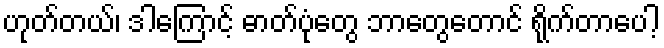
ဟုတ်တယ်၊ ဒါကြောင့် ဓာတ်ပုံတွေ ဘာတွေတောင် ရိုက်တာပေါ့